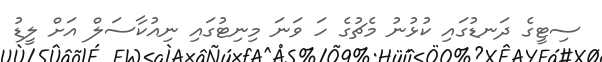
ސިޓީގެ ދަނޑުގައި ކުޅުނު މެޗުގެ ހަ ވަނަ މިނިޓުގައި ނިއުކާސަލް އަށް ލީޑު